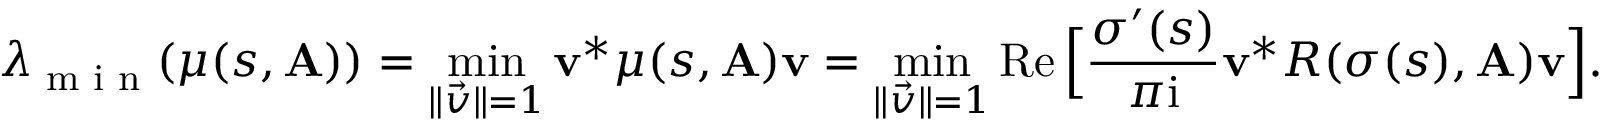
\lambda _ { \textup { m i n } } ( \mu ( s , \mathbf { A } ) ) = \operatorname* { m i n } _ { \| \vec { v } \| = 1 } \mathbf { v } ^ { * } \mu ( s , \mathbf { A } ) \mathbf { v } = \operatorname* { m i n } _ { \| \vec { v } \| = 1 } \operatorname { R e } \Big [ \frac { \sigma ^ { \prime } ( s ) } { \pi \mathrm { i } } \mathbf { v } ^ { * } R ( \sigma ( s ) , \mathbf { A } ) \mathbf { v } \Big ] .